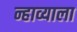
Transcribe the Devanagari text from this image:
न्हाव्याला